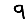
Digit: 9